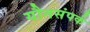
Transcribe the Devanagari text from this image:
यौनसंपर्क